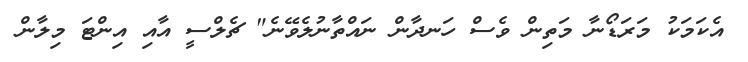
އެކަމަކު މަރަޑޯނާ މަތިން ވެސް ހަނދާން ނައްތާނުލެވޭނެ" ޗެލްސީ އާއި އިންޓަ މިލާން